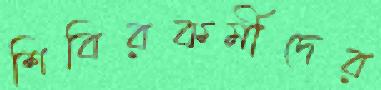
শিবিরকর্মীদের